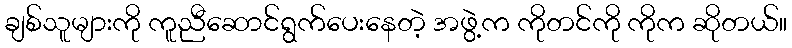
ချစ်သူများကို ကူညီဆောင်ရွက်ပေးနေတဲ့ အဖွဲ့က ကိုတင်ကို ကိုက ဆိုတယ်။